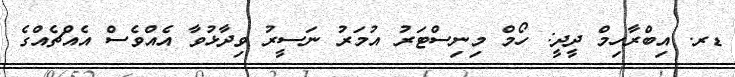
ޑރ. އިބްރާހިމް ދީދީ: ހޯމް މިނިސްޓަރު އުމަރު ނަސީރު ވިދާޅުވާ އެއްވެސް އެއްޗެއްގެ